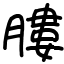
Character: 膢